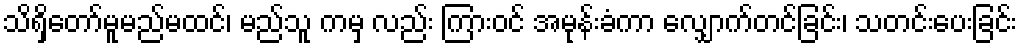
သိရှိတော်မူမည်မထင်၊ မည်သူ ကမှ လည်း ကြားဝင် အမုန်းခံကာ လျှောက်တင်ခြင်း၊ သတင်းပေးခြင်း